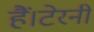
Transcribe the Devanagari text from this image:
हैं।टेरनी